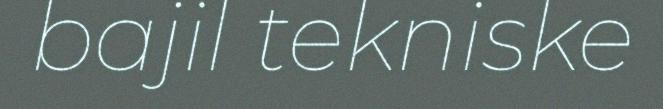
bajil tekniske